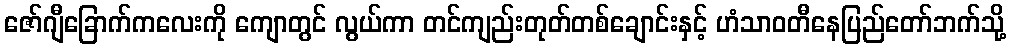
ဇော်ဂျီခြောက်ကလေးကို ကျောတွင် လွယ်ကာ တင်ကျည်းတုတ်တစ်ချောင်းနှင့် ဟံသာဝတီနေပြည်တော်ဘက်သို့